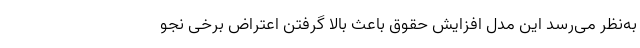
به‌نظر می‌رسد این مدل افزایش حقوق باعث بالا گرفتن اعتراض برخی نجو